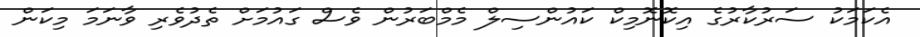
އެކަމަކު ސަރުކާރުގެ އިކޮނޮމިކް ކައުންސިލް މެމްބަރުން ވެސް ގައުމަށް ތެދުވެރި ވާނަމަ މިކަން